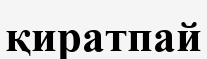
қиратпай